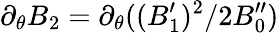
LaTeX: \partial_{\theta}B_{2}=\partial_{\theta}((B_{1}^{\prime})^{2}/2B_{0}^{\prime\prime})